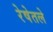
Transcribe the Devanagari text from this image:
रेषेतले